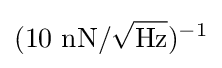
(10~\mathrm {nN} /{\sqrt {\mathrm {Hz} }})^{-1}